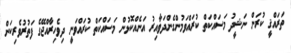
ތަރައްޤީ ކުރަން ނަޝީދު މަސައްކަތް ކުރައްވަމުންގެންދަވާއިރު އަނެއްކޮޅުން މަސައްކަތް ކުރައްވަނީ ދިވެހިރާއްޖޭގެ ފަތުރުވެރިކަން